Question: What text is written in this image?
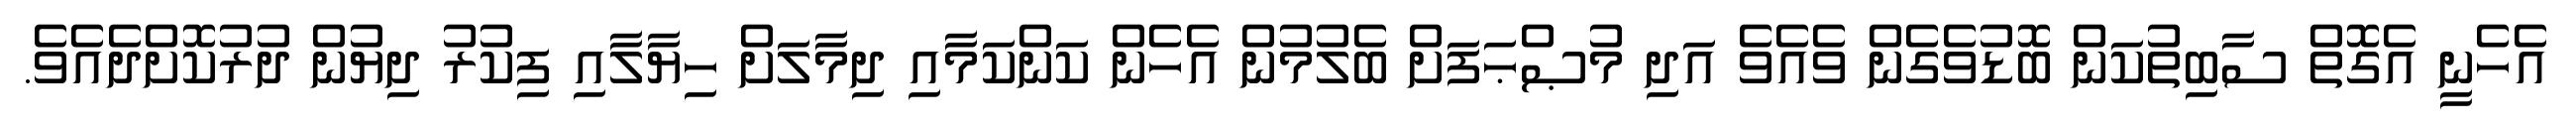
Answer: އެހެނީ އެގޮތް ސާބިތުކަން ބޮޑުވެގެން ވެއެވެ އަދި މުޞްޙަފަށް ބެލުމުން އެހެން ކަންކަމާއި ދިމާލަށް ހިޔާލާއި ފިކުރު ދިޔުން ދުރުކޮށްދެއެވެ.